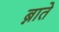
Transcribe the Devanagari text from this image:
ब्नाते